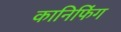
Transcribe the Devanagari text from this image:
कानिफिंग